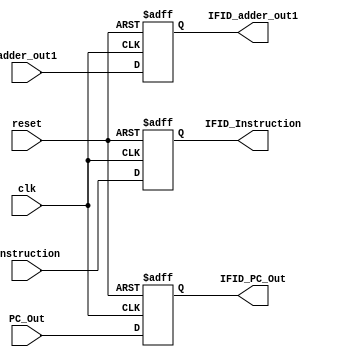
`timescale 1ns / 1ps
//////////////////////////////////////////////////////////////////////////////////
// Company: 
// Engineer: 
// 
// Design Name: 
// Module Name: IF_ID
// Project Name: 
// Target Devices: 
// Tool Versions: 
// Description: 
// 
// Dependencies: 
// 
// Revision:
// Revision 0.01 - File Created
// Additional Comments:
// 
//////////////////////////////////////////////////////////////////////////////////


module IF_ID(
    input clk, reset,
    input [31:0] Instruction,
    input [63:0] PC_Out,
    input [63:0] adder_out1,
    output reg [31:0] IFID_Instruction,
    output reg [63:0] IFID_PC_Out, IFID_adder_out1
);

always @(posedge clk or posedge reset) begin
    if (reset == 1'b1) begin
        IFID_Instruction = 0; 
        IFID_PC_Out = 0;
        IFID_adder_out1 = 0;
    end
    else begin
        IFID_Instruction = Instruction; 
        IFID_PC_Out = PC_Out;
        IFID_adder_out1 = adder_out1;
    end
end
endmodule